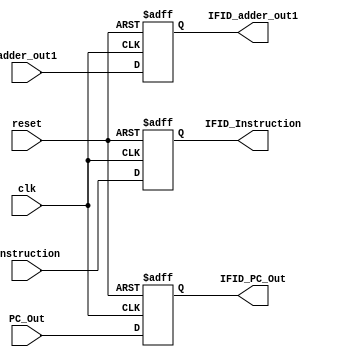
`timescale 1ns / 1ps
//////////////////////////////////////////////////////////////////////////////////
// Company: 
// Engineer: 
// 
// Design Name: 
// Module Name: IF_ID
// Project Name: 
// Target Devices: 
// Tool Versions: 
// Description: 
// 
// Dependencies: 
// 
// Revision:
// Revision 0.01 - File Created
// Additional Comments:
// 
//////////////////////////////////////////////////////////////////////////////////


module IF_ID(
    input clk, reset,
    input [31:0] Instruction,
    input [63:0] PC_Out,
    input [63:0] adder_out1,
    output reg [31:0] IFID_Instruction,
    output reg [63:0] IFID_PC_Out, IFID_adder_out1
);

always @(posedge clk or posedge reset) begin
    if (reset == 1'b1) begin
        IFID_Instruction = 0; 
        IFID_PC_Out = 0;
        IFID_adder_out1 = 0;
    end
    else begin
        IFID_Instruction = Instruction; 
        IFID_PC_Out = PC_Out;
        IFID_adder_out1 = adder_out1;
    end
end
endmodule